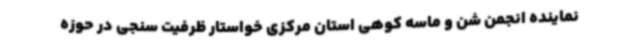
نماینده انجمن شن و ماسه کوهی استان مرکزی خواستار ظرفیت سنجی در حوزه